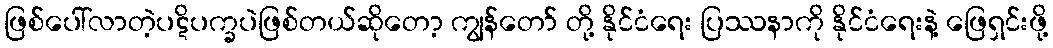
ဖြစ်ပေါ်လာတဲ့ပဋိပက္ခပဲဖြစ်တယ်ဆိုတော့ ကျွန်တော် တို့ နိုင်ငံရေး ပြဿနာကို နိုင်ငံရေးနဲ့ ဖြေရှင်းဖို့